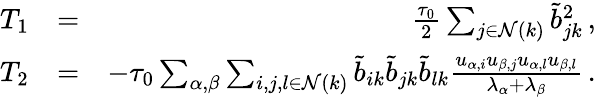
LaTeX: \begin{array}{rlr}{T_{1}}&{=}&{\frac{\tau_{0}}{2}\sum_{j\in\mathcal{N}(k)}\tilde{b}_{jk}^{2}\, ,}\\ {T_{2}}&{=}&{-\tau_{0}\sum_{\alpha,\beta}\sum_{i,j,l\in\mathcal{N}(k)}\tilde{b}_{ik}\tilde{b}_{jk}\tilde{b}_{lk}\frac{u_{\alpha,i}u_{\beta,j}u_{\alpha,l}u_{\beta,l}}{\lambda_{\alpha}+\lambda_{\beta}}\, .}\end{array}